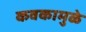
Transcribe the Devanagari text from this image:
कवकामुळे